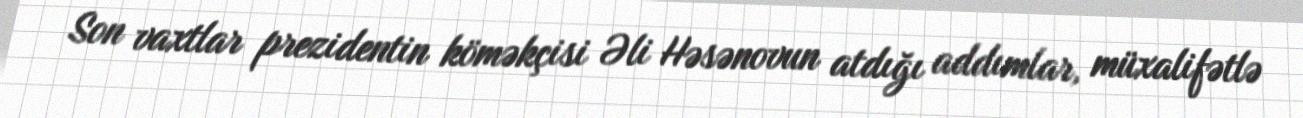
Son vaxtlar prezidentin köməkçisi Əli Həsənovun atdığı addımlar, müxalifətlə